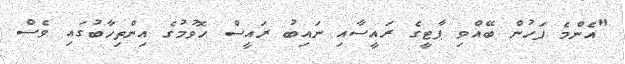
"އެންމެ ފަހުން ބޭއްވި ޕާޓީގެ ރައީސާއި ނައިބު ރައީސް ހޮވުމުގެ އިންތިހާބުގައި ވެސް